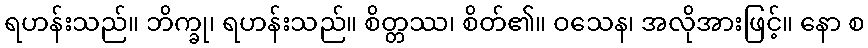
ရဟန်းသည်။ ဘိက္ခု၊ ရဟန်းသည်။ စိတ္တဿ၊ စိတ်၏။ ဝသေန၊ အလိုအားဖြင့်။ နော စ